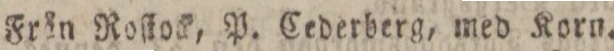
Från Roſtock, P. Cederberg, med Korn.